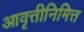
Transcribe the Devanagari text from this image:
आवृत्तीनिमित्त